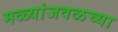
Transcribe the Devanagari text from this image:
मळ्यांजवळच्या